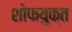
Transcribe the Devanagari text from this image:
शोफयुक्त